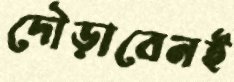
দৌড়াবেনই